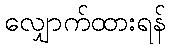
လျှောက်ထားရန်